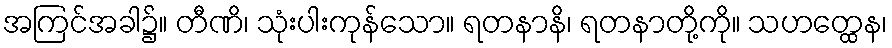
အကြင်အခါ၌။ တီဏိ၊ သုံးပါးကုန်သော။ ရတနာနိ၊ ရတနာတို့ကို။ သဟတ္ထေန၊